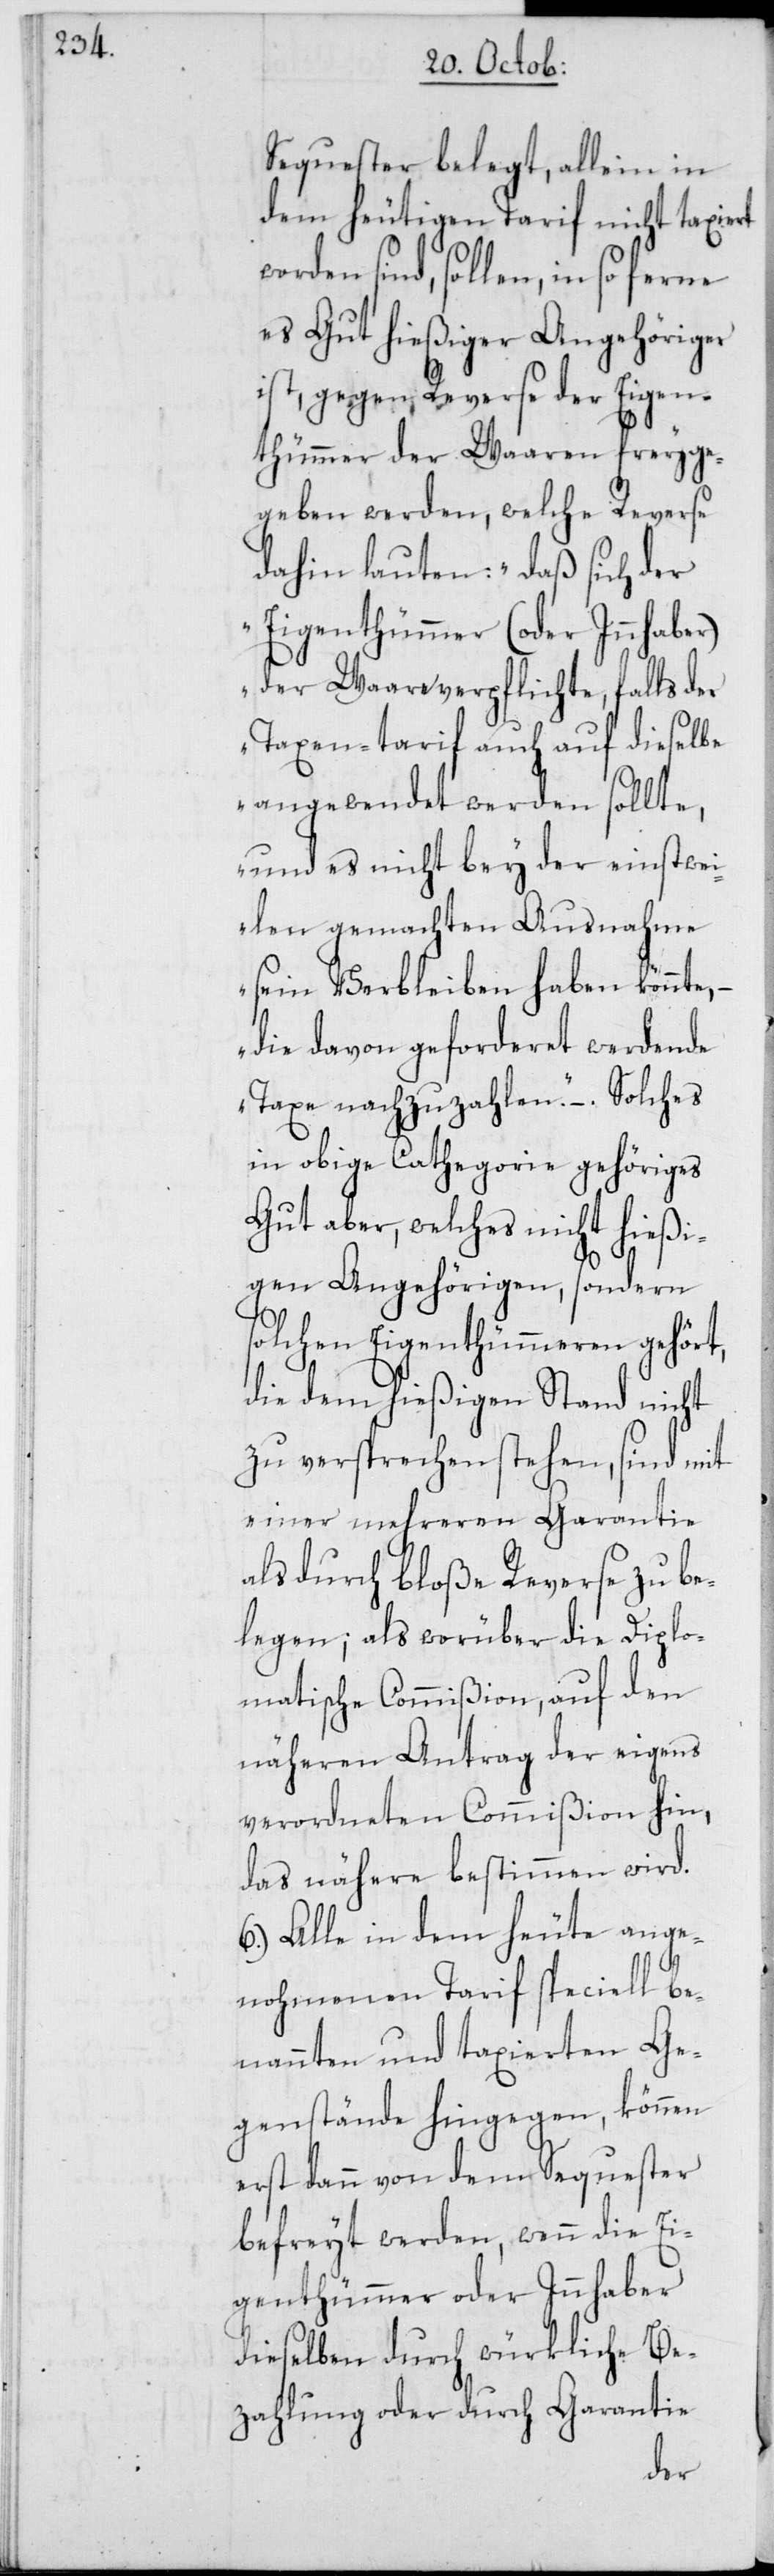
Sequester belegt, allein in
dem heutigen Tarif nicht taxiert
worden sind, sollen, in so ferne
es Gut hießiger Angehöriger
ist, gegen Reserve der Eigen¬
thümmer der Waaren freyge¬
geben werden, welche Reverse
dahin lauten: „Daß sich der
Eigenthümmer (oder Innhaber)
der Waare verpflichte, falls der
Taxentarif auch auf dieselbe
angewendet werden sollte,
und es nicht bey der einstwei¬
len gemachten Ausnahme
sein Verbleiben haben könnte,
die davon geforderet werdende
Taxe nachzuzahlen“. – Solches
in obige Cathegorie gehöriges
Gut aber, welches nicht hießi¬
gen Angehörigen, sondern
solchen Eigentümmeren gehört,
die dem hießigen Stand nicht
zu versprechen stehen, sind mit
einer mehreren Garantie
als durch bloße Reserve zu be¬
legen; als worüber die Diplo¬
matische Commißion, auf den
näheren Antrag der eigens
verordneten Commißion hin,
das nähere bestimmen wird.
6. Alle in dem heute ange¬
nohmenen Tarif speciell be¬
nannten und taxierten Ge¬
genstände hingegen, können
erst dann von dem Sequester
befreyt werden, wenn die Ei¬
genthümmer oder Innhaber
dieselben durch würkliche Be¬
zahlung oder durch Garantie